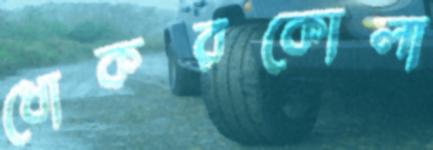
ধোকরকোলা